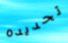
تحديده